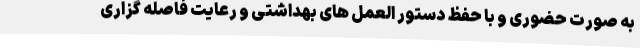
به صورت حضوری و با حفظ دستور العمل های بهداشتی و رعایت فاصله گزاری